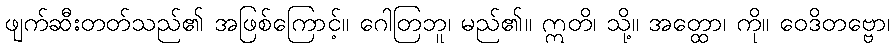
ဖျက်ဆီးတတ်သည်၏ အဖြစ်ကြောင့်။ ဂေါတြဘူ၊ မည်၏။ ဣတိ၊ သို့။ အတ္ထော၊ ကို။ ဝေဒိတဗ္ဗော၊